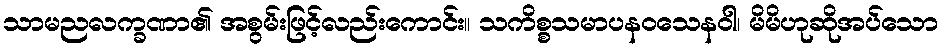
သာမညလက္ခဏာ၏ အစွမ်းဖြင့်လည်းကောင်း။ သကိစ္စသမာပနဝသေနဝါ၊ မိမိဟုဆိုအပ်သော